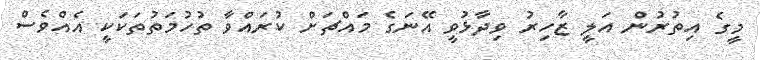
މީގެ އިތުރުން އަލީ ޒާހިރު ވިދާޅުވީ އޭނަގެ މައްޗަށް ކުރައްވާ ތުހުމަތުތަކަކީ އެއްވެސް